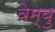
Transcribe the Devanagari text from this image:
वेम्बु